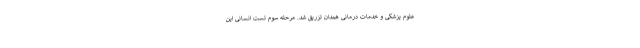
علوم پزشکی و خدمات درمانی همدان تزریق شد. مرحله سوم تست انسانی این